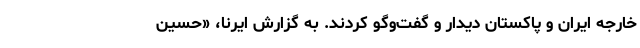
خارجه ایران و پاکستان دیدار و گفت‌وگو کردند. به گزارش ایرنا، «حسین